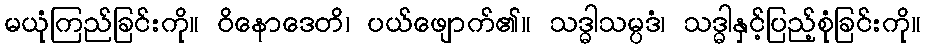
မယုံကြည်ခြင်းကို။ ဝိနောဒေတိ၊ ပယ်ဖျောက်၏။ သဒ္ဓါသမ္ပဒံ၊ သဒ္ဓါနှင့်ပြည့်စုံခြင်းကို။